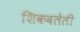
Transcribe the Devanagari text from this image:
शिकवलेली